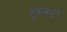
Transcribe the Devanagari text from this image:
ट्रकमधून